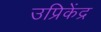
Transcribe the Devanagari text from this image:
उप्रिकेंद्र